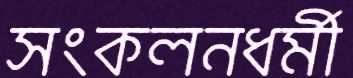
সংকলনধর্মী